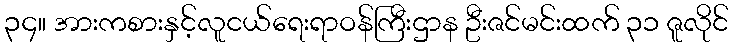
၃၄။ အားကစားနှင့်လူငယ်ရေးရာဝန်ကြီးဌာန ဦးဇင်မင်းထက် ၃၁ ဇူလိုင်